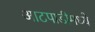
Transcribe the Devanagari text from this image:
आटपाडीमध्ये